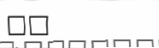
٢٥